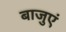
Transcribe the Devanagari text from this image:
बाजुएं